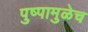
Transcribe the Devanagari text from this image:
पुष्पामुळेच